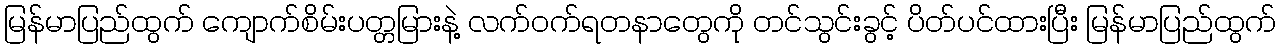
မြန်မာပြည်ထွက် ကျောက်စိမ်းပတ္တမြားနဲ့ လက်ဝက်ရတနာတွေကို တင်သွင်းခွင့် ပိတ်ပင်ထားပြီး မြန်မာပြည်ထွက်